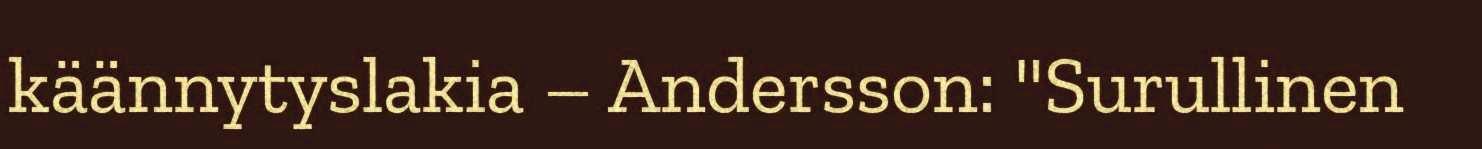
käännytyslakia – Andersson: "Surullinen